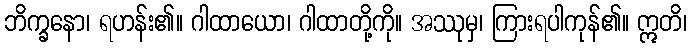
ဘိက္ခနော၊ ရဟန်း၏။ ဂါထာယော၊ ဂါထာတို့ကို။ အဿုမှ၊ ကြားရပါကုန်၏။ ဣတိ၊